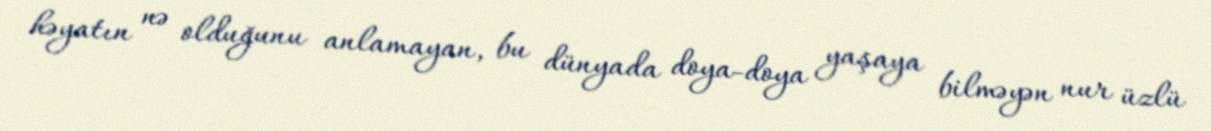
həyatın nə olduğunu anlamayan, bu dünyada doya-doya yaşaya bilməyən nur üzlü